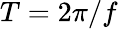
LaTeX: T=2\pi/f